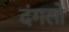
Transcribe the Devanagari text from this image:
दंगलो